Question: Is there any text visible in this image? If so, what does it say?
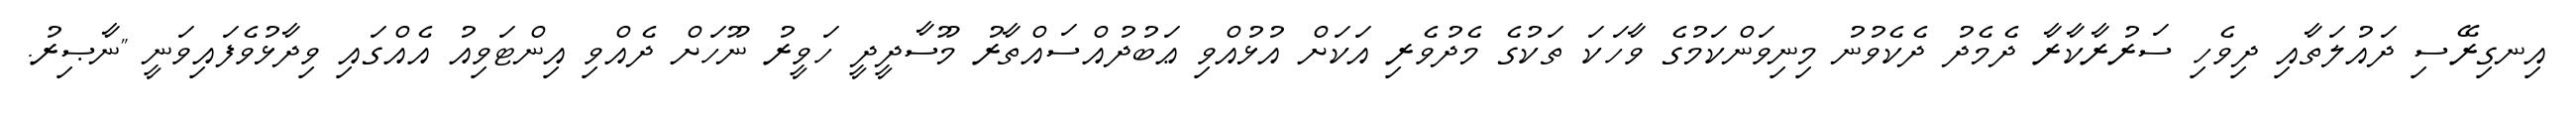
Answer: އިނގިރޭސި ދައުލަތާއި ދިވެހި ސަރުރާކާރާ ދެމެދު ދެކެވުނު މިނިވަންކަމުގެ ވާހަކަ ތަކުގެ މެދުވެރި އަކަށް އުޅުއްވި ޢަބުދުއްސައްތާރު މޫސާދީދީ ހަވީރު ނޫހަށް ދެއްވި އިންޓަވިއު އެއްގައި ވިދާޅުވެފައިވަނީ "ނާޞިރު.